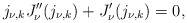
\begin{align*}{j_{\nu,k}}J_\nu''(j_{\nu,k})+J_\nu'(j_{\nu,k})=0,\end{align*}